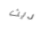
ديث